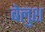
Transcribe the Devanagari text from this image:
बेलुश